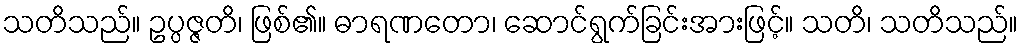
သတိသည်။ ဥပ္ပဇ္ဇတိ၊ ဖြစ်၏။ ဓာရဏတော၊ ဆောင်ရွက်ခြင်းအားဖြင့်။ သတိ၊ သတိသည်။